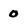
Character: 0